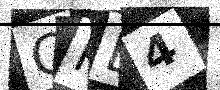
Text: CPE4